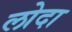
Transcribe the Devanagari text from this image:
लोदा